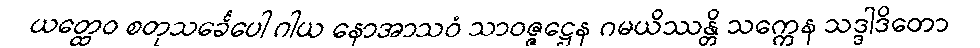
ယတ္ထေဝ စတုသင်္ခေပေါ ဂါယ နောအာသဝံ သာဝဇ္ဇဋ္ဌေန ဂမယိဿန္တိ သက္ကေန သဒ္ဒါဒိတော